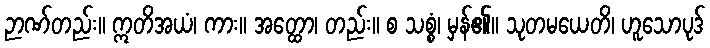
ဉာဏ်တည်း။ ဣတိအယံ၊ ကား။ အတ္ထော၊ တည်း။ စ သစ္စံ၊ မှန်၏။ သုတမယေတိ၊ ဟူသောပုဒ်